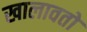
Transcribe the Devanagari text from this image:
खालावतो